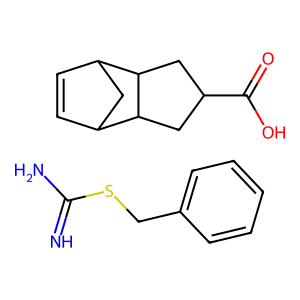
SMILES: N=C(N)SCc1ccccc1.O=C(O)C1CC2C3C=CC(C3)C2C1
Inhibits HIV replication: No